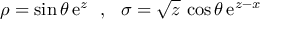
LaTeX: \rho = { \sin \theta } \, \mathrm { e } ^ { z } ~ ~ , ~ ~ \sigma = { \sqrt { z } } \, \cos \theta \, \mathrm { e } ^ { z - x }